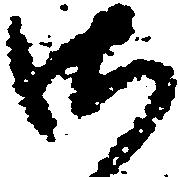
御